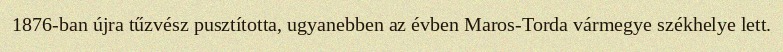
1876-ban újra tűzvész pusztította, ugyanebben az évben Maros-Torda vármegye székhelye lett.